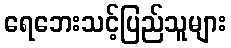
ရေဘေးသင့်ပြည်သူများ